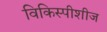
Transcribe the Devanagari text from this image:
विकिस्पीशीज